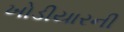
ખોડીયારની